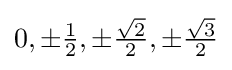
0,\pm {\tfrac {1}{2}},\pm {\tfrac {\sqrt {2}}{2}},\pm {\tfrac {\sqrt {3}}{2}}